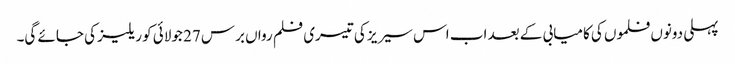
پہلی دونوں فلموں کی کامیابی کے بعد اب اس سیریز کی تیسری فلم رواں برس 27 جولائی کو ریلیز کی جائے گی۔